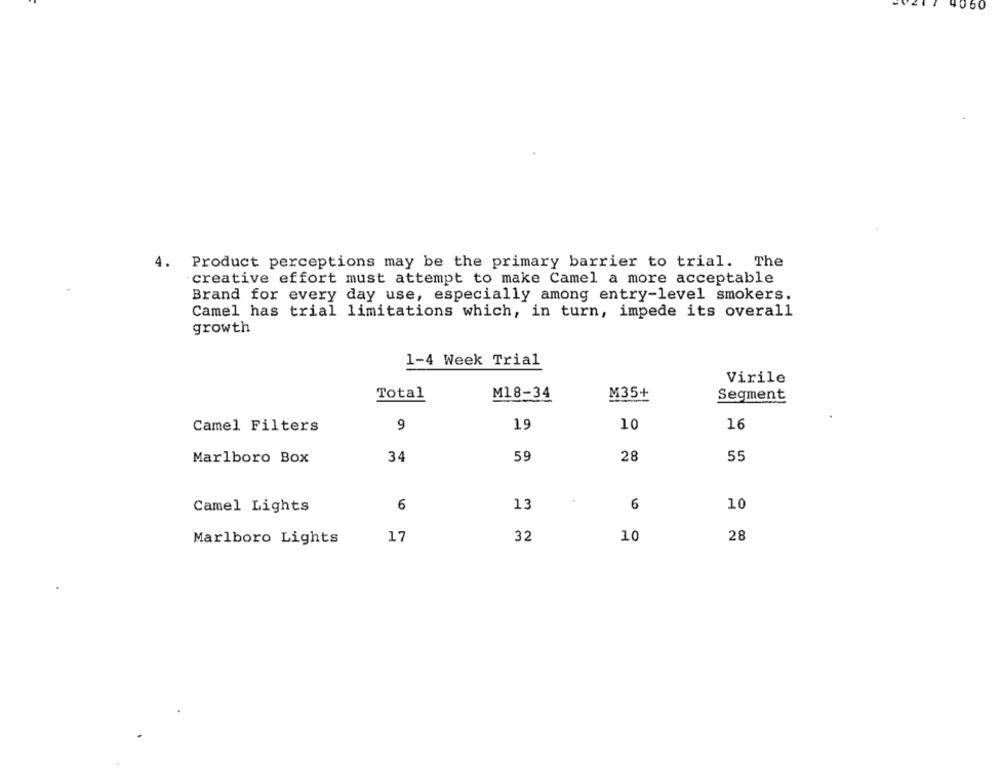
060
4.
Product perceptions may be the primary barrier to trial. The
creative effort must attempt to make Camel a more acceptable
Brand for every day use, especially among entry-level smokers.
Camel has trial limitations which, in turn, impede its overall
growth
1-4 Week Trial
Virile
Total
M18-34
M35+
Segment
Camel Filters
9
19
10
16
Marlboro Box
34
59
28
55
Camel Lights
6
13
6
10
17
32
10
28
Marlboro Lights